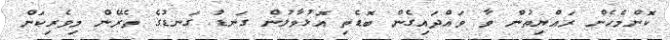
ކޮންމެހެން ރައްޔިތުން ވާ ވައްދައިގެން ބޮޑެތި އޮޅުވާލުން ގަނޑު ގަނޑުގެ ތެރޭން މިވެރިކަން